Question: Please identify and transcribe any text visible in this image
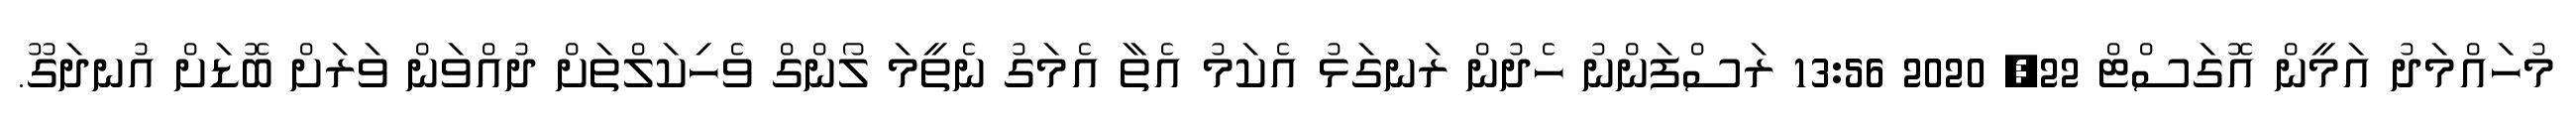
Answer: މުހައްމަދު އަމީން އޮގަސްޓް 22, 2020 13:56 ރަސްފަންނު ހެދުން ރަނގަޅު އެކަމު އެތާ އެމަގު ނެތީމަ ލޯންގް ވެހިކަލްތަށް ދުއްވަން ވަރަށް ބޮޑަށް އުނދަގޫ.